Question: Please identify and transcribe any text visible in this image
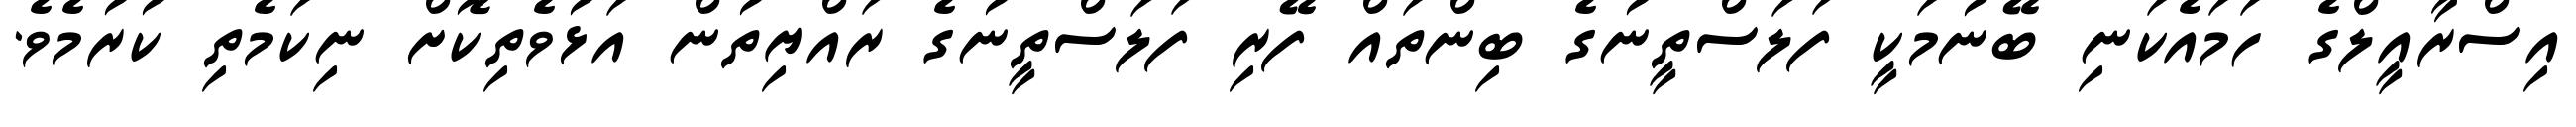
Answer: އިސްރާއީލްގެ ހަމައެކަނި ބޭނުމަކީ ފަލަސްތީނުގެ ބިންތައް ފޭރި ފަލަސްތީނުގެ ރައްޔިތުން އަޅުވެތިކޮށް ނިކަމެތި ކުރުމެވެ.